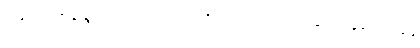
အနုဂ္ဂတံ၊ အန်ထွက်သည်မဟုတ်။ ဣတိ၊ ဤသို့။ အာဟ၊ မိန့်တော်မူ၏။ ဘန္တေ